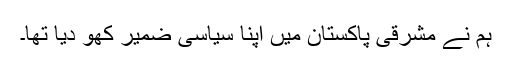
ہم نے مشرقی پاکستان میں اپنا سیاسی ضمیر کھو دیا تھا۔